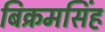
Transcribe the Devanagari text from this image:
बिक्रमसिंह